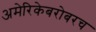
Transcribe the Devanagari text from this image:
अमेरिकेबरोबरच